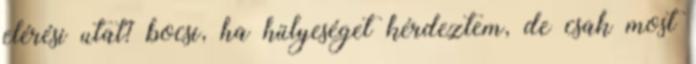
elérési utat? bocsi, ha hülyeséget kérdeztem, de csak most